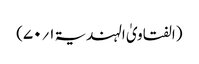
(الفتاویٰ الہندیۃ ۱؍۷۰)